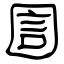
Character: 圁